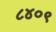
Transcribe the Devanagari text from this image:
८४०९